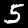
Label: 5